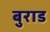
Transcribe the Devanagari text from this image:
बुराड